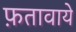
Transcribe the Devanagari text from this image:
फ़तावाये